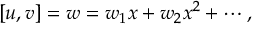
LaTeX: [ u , v ] = w = w _ { 1 } x + w _ { 2 } x ^ { 2 } + \cdots ,